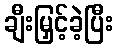
ချီးမြှင့်ခဲ့ပြီး